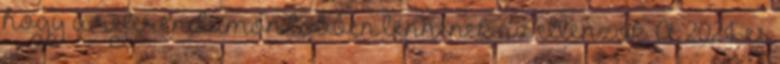
hogy a referendumon többen lennének az ellenzők. A 2024-es